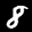
Label: 8